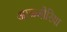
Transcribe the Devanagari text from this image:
आळ्जीरिया